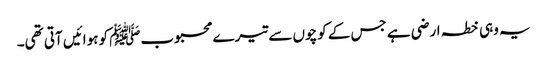
یہ وہی خطہ ارضی ہے جس کے کوچوں سے تیرے محبوبﷺ کو ہوائیں آتی تھی۔